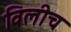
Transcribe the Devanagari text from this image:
विलीच